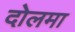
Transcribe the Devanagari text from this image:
दोलमा